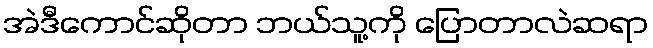
အဲဒီကောင်ဆိုတာ ဘယ်သူ့ကို ပြောတာလဲဆရာ